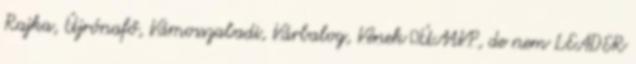
Rajka, Újrónafő, Vámosszabadi, Várbalog, Vének ▪ÚMVP, de nem LEADER